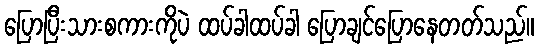
ပြောပြီးသားစကားကိုပဲ ထပ်ခါထပ်ခါ ပြောချင်ပြောနေတတ်သည်။